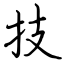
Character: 技